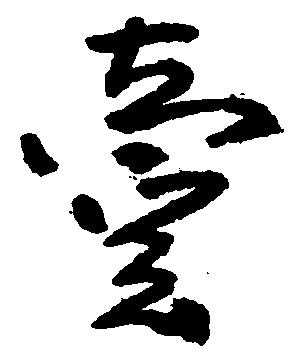
壱